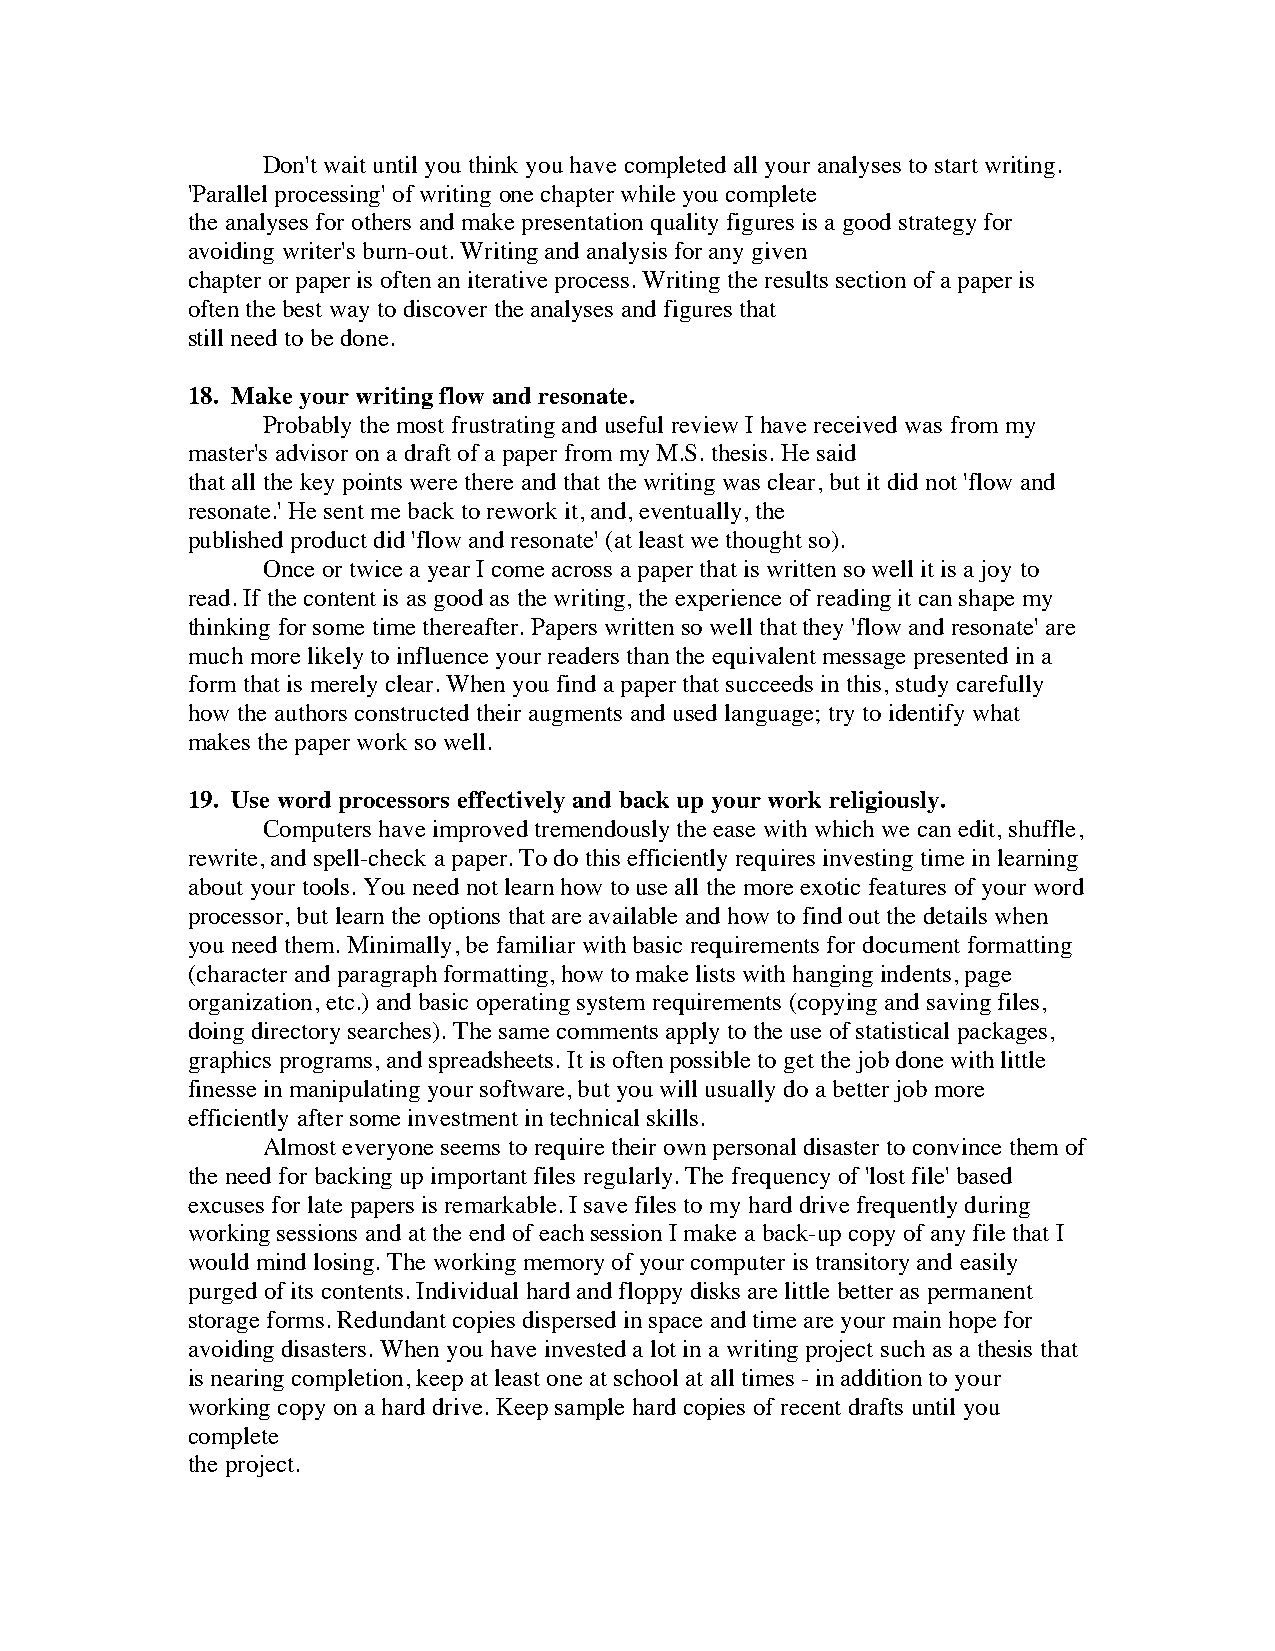
Don't wait until you think you have completed all your analyses to start writing.
 'Parallel processing' of writing one chapter while you complete
 the analyses for others and make presentation quality figures is a good strategy for
 avoiding writer's burn-out. Writing and analysis for any given
 chapter or paper is often an iterative process. Writing the results section of a paper is
 often the best way to discover the analyses and figures that
 still need to be done.
 18. Make your writing flow and resonate.
 Probably the most frustrating and useful review I have received was from my
 master's advisor on a draft of a paper from my M.S. thesis. He said
 that all the key points were there and that the writing was clear, but it did not 'flow and
 resonate.' He sent me back to rework it, and, eventually, the
 published product did 'flow and resonate' (at least we thought so).
 Once or twice a year I come across a paper that is written so well it is a joy to
 read. If the content is as good as the writing, the experience of reading it can shape my
 thinking for some time thereafter. Papers written so well that they 'flow and resonate' are
 much more likely to influence your readers than the equivalent message presented in a
 form that is merely clear. When you find a paper that succeeds in this, study carefully
 how the authors constructed their augments and used language; try to identify what
 makes the paper work so well.
 19. Use word processors effectively and back up your work religiously.
 Computers have improved tremendously the ease with which we can edit, shuffle,
 rewrite, and spell-check a paper. To do this efficiently requires investing time in learning
 about your tools. You need not learn how to use all the more exotic features of your word
 processor, but learn the options that are available and how to find out the details when
 you need them. Minimally, be familiar with basic requirements for document formatting
 (character and paragraph formatting, how to make lists with hanging indents, page
 organization, etc.) and basic operating system requirements (copying and saving files,
 doing directory searches). The same comments apply to the use of statistical packages,
 graphics programs, and spreadsheets. It is often possible to get the job done with little
 finesse in manipulating your software, but you will usually do a better job more
 efficiently after some investment in technical skills.
 Almost everyone seems to require their own personal disaster to convince them of
 the need for backing up important files regularly. The frequency of 'lost file' based
 excuses for late papers is remarkable. I save files to my hard drive frequently during
 working sessions and at the end of each session I make a back-up copy of any file that I
 would mind losing. The working memory of your computer is transitory and easily
 purged of its contents. Individual hard and floppy disks are little better as permanent
 storage forms. Redundant copies dispersed in space and time are your main hope for
 avoiding disasters. When you have invested a lot in a writing project such as a thesis that
 is nearing completion, keep at least one at school at all times - in addition to your
 working copy on a hard drive. Keep sample hard copies of recent drafts until you
 complete
 the project.